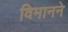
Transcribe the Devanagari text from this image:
विमानने